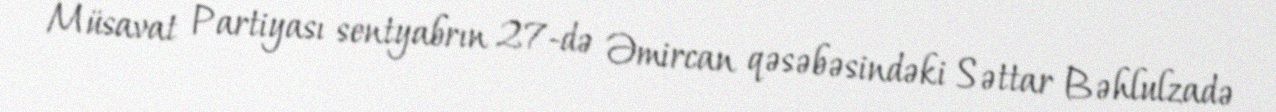
Müsavat Partiyası sentyabrın 27-də Əmircan qəsəbəsindəki Səttar Bəhlulzadə